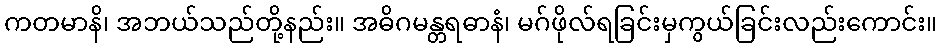
ကတမာနိ၊ အဘယ်သည်တို့နည်း။ အဓိဂမန္တရဓာနံ၊ မဂ်ဖိုလ်ရခြင်းမှကွယ်ခြင်းလည်းကောင်း။